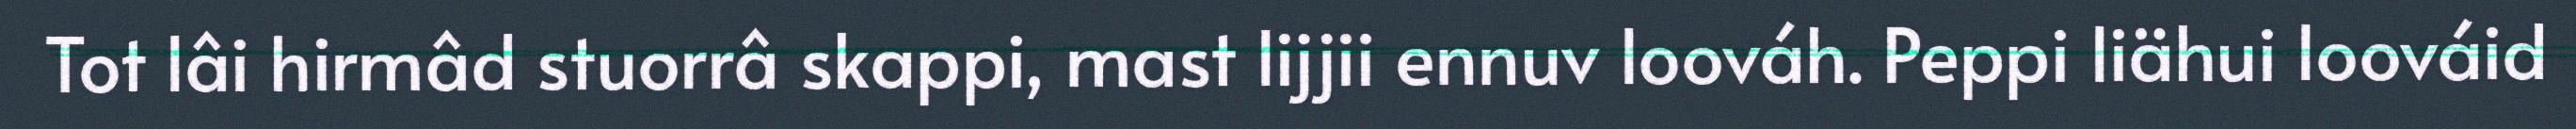
Tot lâi hirmâd stuorrâ skappi, mast lijjii ennuv loováh. Peppi liähui loováid